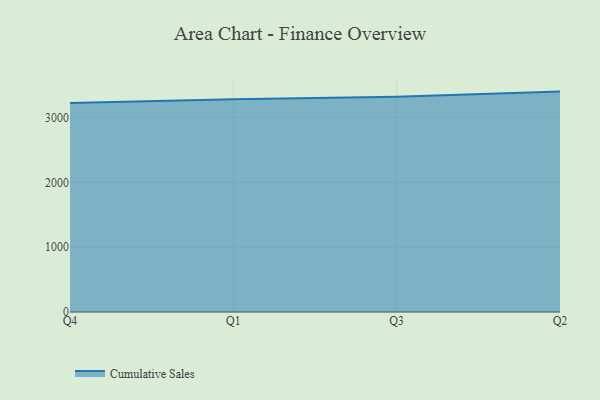
{"axis": {"x": "Quarter", "y": "Budget (USD K)"}, "legend": ["Cumulative Sales"], "data": [{"x": "Q4", "y": 3224.8, "type": "Cumulative Sales"}, {"x": "Q1", "y": 3284.0, "type": "Cumulative Sales"}, {"x": "Q3", "y": 3323.1, "type": "Cumulative Sales"}, {"x": "Q2", "y": 3402.7, "type": "Cumulative Sales"}]}